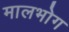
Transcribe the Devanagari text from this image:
मालभोग